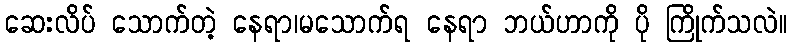
ဆေးလိပ် သောက်တဲ့ နေရာ၊မသောက်ရ နေရာ ဘယ်ဟာကို ပို ကြိုက်သလဲ။